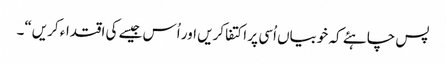
پس چاہئے کہ خوبیاں اُسی پر اکتفا کریں اور اُس جیسے کی اقتداء کریں“۔